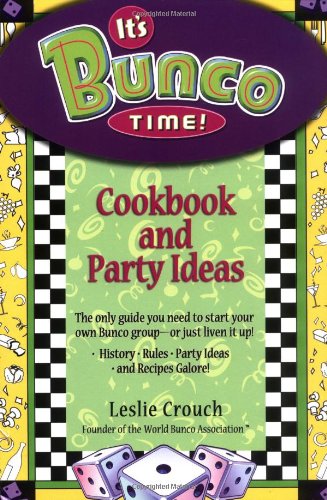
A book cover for It's Bunco Time!: Cookbook and Party Ideas; Leslie Crouch; Cookbooks, Food & Wine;